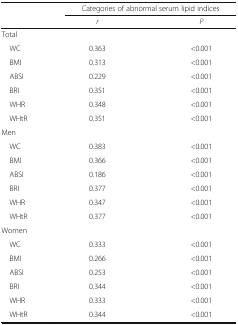
<table><thead><tr><td rowspan="2"></td><td colspan="2"><b>Categories of abnormal serum lipid indices</b></td></tr><tr><td><b><i>r</i></b></td><td><b><i>P</i></b></td></tr></thead><tbody><tr><td colspan="3">Total</td></tr><tr><td> WC</td><td>0.363</td><td>&lt;0.001</td></tr><tr><td> BMI</td><td>0.313</td><td>&lt;0.001</td></tr><tr><td> ABSI</td><td>0.229</td><td>&lt;0.001</td></tr><tr><td> BRI</td><td>0.351</td><td>&lt;0.001</td></tr><tr><td> WHR</td><td>0.348</td><td>&lt;0.001</td></tr><tr><td> WHtR</td><td>0.351</td><td>&lt;0.001</td></tr><tr><td colspan="3">Men</td></tr><tr><td> WC</td><td>0.383</td><td>&lt;0.001</td></tr><tr><td> BMI</td><td>0.366</td><td>&lt;0.001</td></tr><tr><td> ABSI</td><td>0.186</td><td>&lt;0.001</td></tr><tr><td> BRI</td><td>0.377</td><td>&lt;0.001</td></tr><tr><td> WHR</td><td>0.347</td><td>&lt;0.001</td></tr><tr><td> WHtR</td><td>0.377</td><td>&lt;0.001</td></tr><tr><td colspan="3">Women</td></tr><tr><td> WC</td><td>0.333</td><td>&lt;0.001</td></tr><tr><td> BMI</td><td>0.266</td><td>&lt;0.001</td></tr><tr><td> ABSI</td><td>0.253</td><td>&lt;0.001</td></tr><tr><td> BRI</td><td>0.344</td><td>&lt;0.001</td></tr><tr><td> WHR</td><td>0.333</td><td>&lt;0.001</td></tr><tr><td> WHtR</td><td>0.344</td><td>&lt;0.001</td></tr></tbody></table>